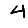
Digit: 4